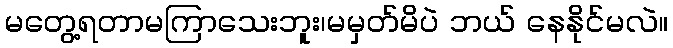
မတွေ့ရတာမကြာသေးဘူး၊မမှတ်မိပဲ ဘယ် နေနိုင်မလဲ။